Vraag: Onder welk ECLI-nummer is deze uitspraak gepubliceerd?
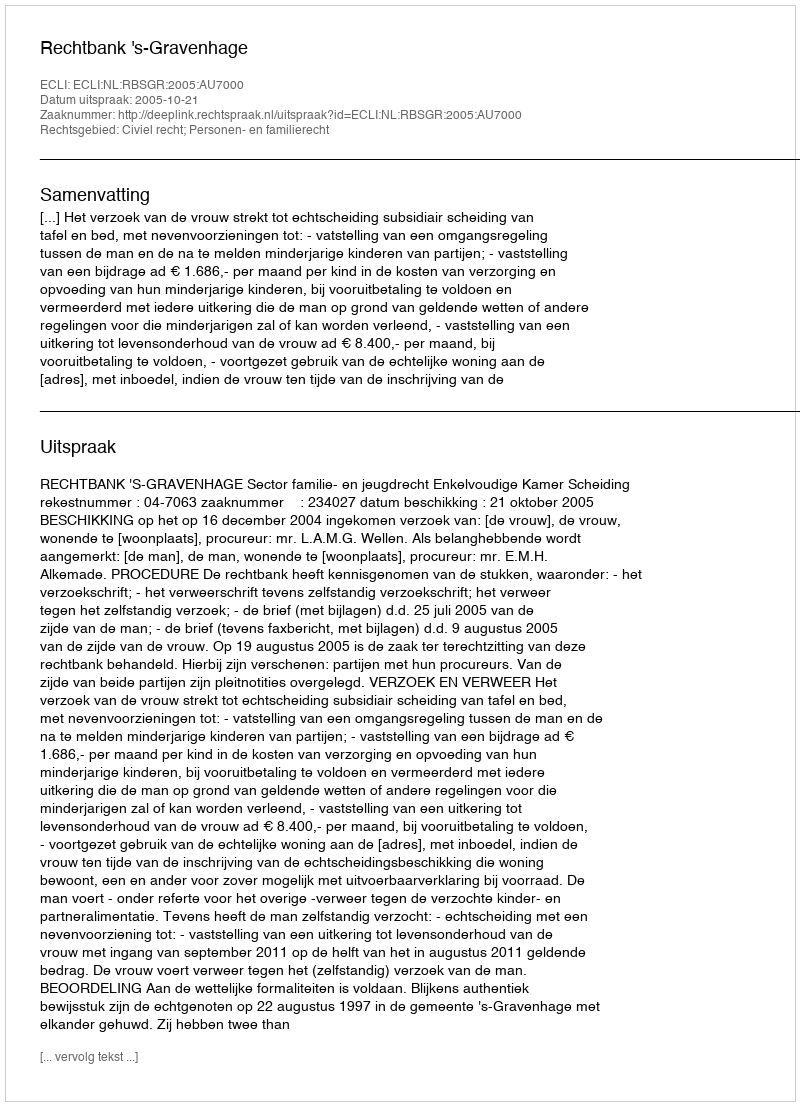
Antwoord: ECLI:NL:RBSGR:2005:AU7000